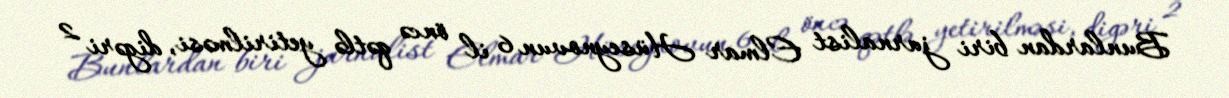
Bunlardan biri jurnalist Elmar Hüseynovun 6 il öncə qətlə yetirilməsi, digəri 2